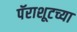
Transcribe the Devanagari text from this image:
पॅराशूटच्या